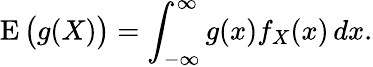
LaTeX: \operatorname{E}{\big(}g(X){\big)}=\int_{-\infty}^{\infty}g(x)f_{X}(x)\, dx.